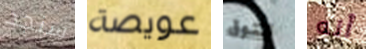
سنجد عويصة تتوق أنه